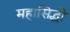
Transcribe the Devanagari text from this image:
महासिद्धी